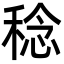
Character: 稔